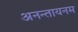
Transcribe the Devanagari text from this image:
अनन्तायनम